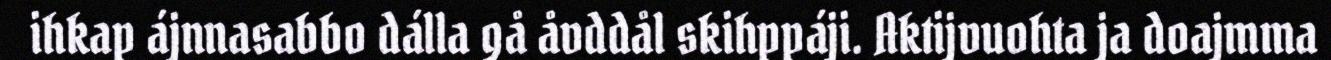
ihkap ájnnasabbo dálla gå åvddål skihppáji. Aktijvuohta ja doajmma